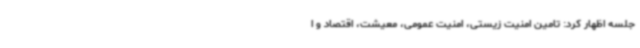
جلسه اظهار کرد: تامین امنیت زیستی، امنیت عمومی، معیشت، اقتصاد و ا